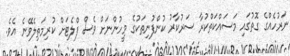
ނަރުހެއްގެ ގޮތުގައި މަސައްކަތްކުރާ ސަރުކާރު ކުންފުނިތަކުގެ މީހުންނަށް ވެސް ފްލެޓަށް ކުރިމަތިލެވޭނެ އެވެ.